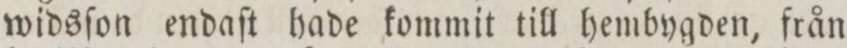
widsſon endaſt hade kommit till hembygden, från